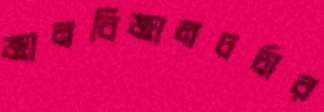
জ্ঞানবিজ্ঞানচর্চার